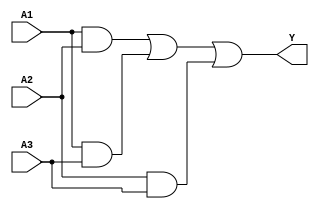
module sop_simplification (
    input wire A1,  // First input
    input wire A2,  // Second input
    input wire A3,  // Third input
    output wire Y   // Output
);

// Intermediate signals for AND gates
wire term1; // A1 AND A2
wire term2; // A1 AND A3
wire term3; // A2 AND A3

// Implementing the AND gates for product terms
assign term1 = A1 & A2; // A1 * A2
assign term2 = A1 & A3; // A1 * A3
assign term3 = A2 & A3; // A2 * A3

// Combining the product terms using an OR gate
assign Y = term1 | term2 | term3; // Y = term1 + term2 + term3

endmodule